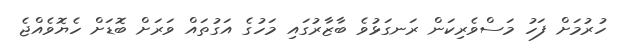
ހުރުމަށް ފަހު މަސްވެރިކަން ރަނގަޅުވެ ބާޒާރުގައި މަހުގެ އަގުތައް ވަރަށް ބޮޑަށް ހެޔޮވެއްޖެ